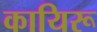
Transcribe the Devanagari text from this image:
कायिरू